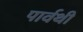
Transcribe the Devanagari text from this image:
पार्वथी